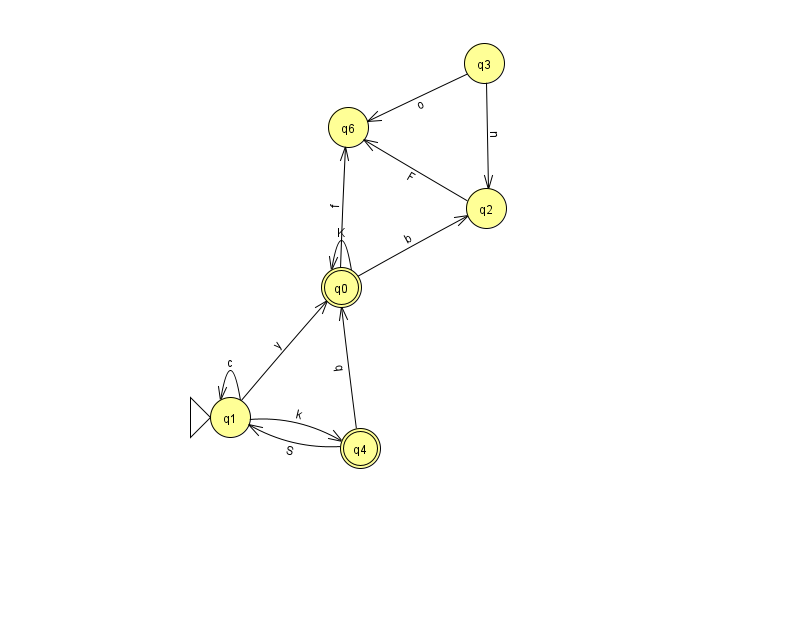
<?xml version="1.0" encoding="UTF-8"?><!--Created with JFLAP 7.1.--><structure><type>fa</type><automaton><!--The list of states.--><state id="0" name="q0"><x>341.0</x><y>274.0</y><final/></state><state id="1" name="q1"><x>230.0</x><y>404.0</y><initial/></state><state id="2" name="q2"><x>486.0</x><y>195.0</y></state><state id="3" name="q3"><x>484.0</x><y>50.0</y></state><state id="4" name="q4"><x>360.0</x><y>435.0</y><final/></state><state id="6" name="q6"><x>348.0</x><y>114.0</y></state><!--The list of transitions.--><transition><from>1</from><to>4</to><read>k</read></transition><transition><from>2</from><to>6</to><read>F</read></transition><transition><from>1</from><to>1</to><read>c</read></transition><transition><from>3</from><to>6</to><read>o</read></transition><transition><from>3</from><to>2</to><read>n</read></transition><transition><from>0</from><to>2</to><read>b</read></transition><transition><from>0</from><to>6</to><read>f</read></transition><transition><from>4</from><to>1</to><read>S</read></transition><transition><from>0</from><to>0</to><read>K</read></transition><transition><from>4</from><to>0</to><read>q</read></transition><transition><from>1</from><to>0</to><read>y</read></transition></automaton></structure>